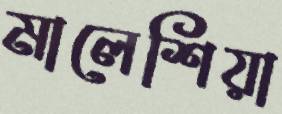
মালেশিয়া